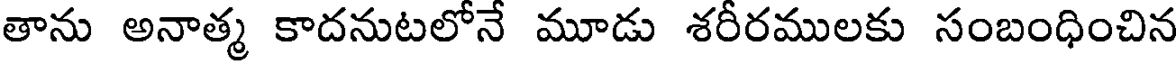
తాను అనాత్మ కాదనుటలోనే మూడు శరీరములకు సంబంధించిన